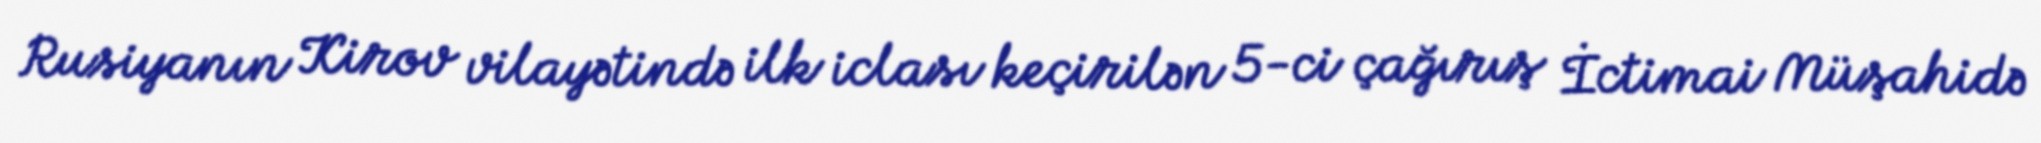
Rusiyanın Kirov vilayətində ilk iclası keçirilən 5-ci çağırış İctimai Müşahidə